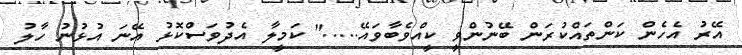
އޭރު އެހެން ކަންތައްކުރަން ބޭނުންވީ ކީއްވެބާވައޭ....." ކަމީލާ އެދުވަސްކޮޅު އޭނަ އުޅުނު ހާލު